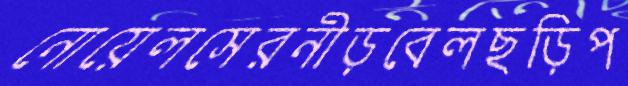
নোয়েলসেরনীড়বেলছড়িপ